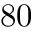
8 0